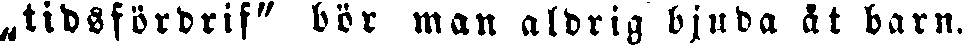
„tidsfördrif" bör man aldrig bjuda åt barn.